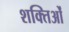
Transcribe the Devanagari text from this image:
शक्तिओं